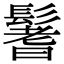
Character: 鬐